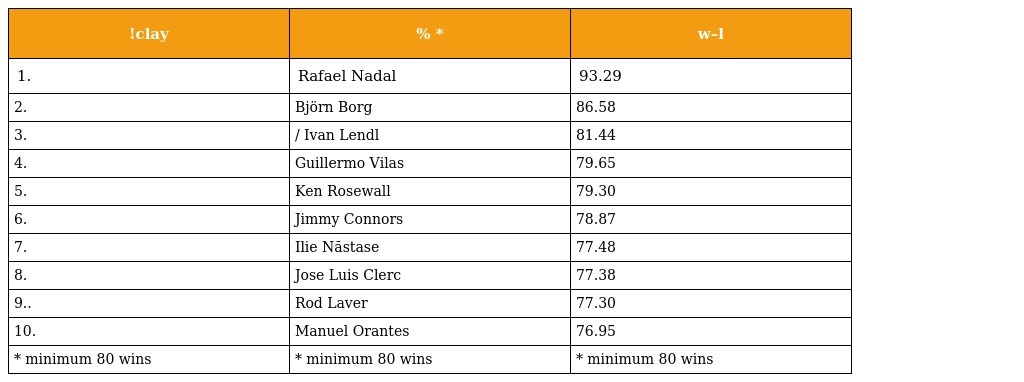
| !clay | % * | w–l |
 | --- | --- | --- |
 | 1. | Rafael Nadal | 93.29 |
 | 2. | Björn Borg | 86.58 |
 | 3. | / Ivan Lendl | 81.44 |
 | 4. | Guillermo Vilas | 79.65 |
 | 5. | Ken Rosewall | 79.30 |
 | 6. | Jimmy Connors | 78.87 |
 | 7. | Ilie Năstase | 77.48 |
 | 8. | Jose Luis Clerc | 77.38 |
 | 9.. | Rod Laver | 77.30 |
 | 10. | Manuel Orantes | 76.95 |
 | * minimum 80 wins | * minimum 80 wins | * minimum 80 wins |